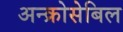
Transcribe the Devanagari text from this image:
अन्क्रोसेबिल